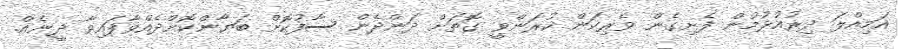
އަމިއްލަ ދިރުއުޅުމުން ފެށިގެން ވެރިކަން ކުރަންވީ ގޮތަށް ދަންދެން ސާފުކޮށް ބަޔާންކޮށްދެއްވާފައިވާ ދީނެއް.